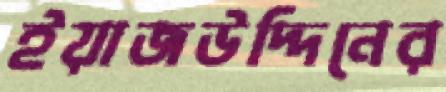
ইয়াজউদ্দিনের